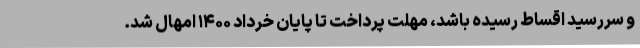
و سررسید اقساط رسیده باشد، مهلت پرداخت تا پایان خرداد ۱۴۰۰ امهال شد.